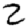
Digit: 2